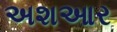
અશઆર